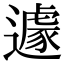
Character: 遽